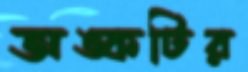
অঙ্কটির